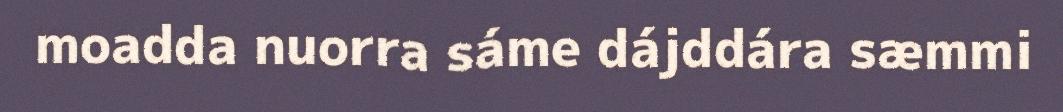
moadda nuorra sáme dájddára sæmmi